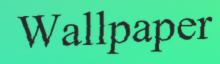
Wallpaper